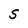
Character: S